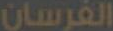
الفرسان